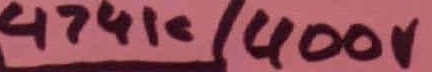
Text: 474k/400v